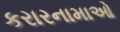
કરારનામાઓ